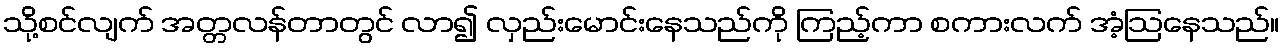
သို့စင်လျက် အတ္တလန်တာတွင် လာ၍ လှည်းမောင်းနေသည်ကို ကြည့်ကာ စကားလက် အံ့ဩနေသည်။